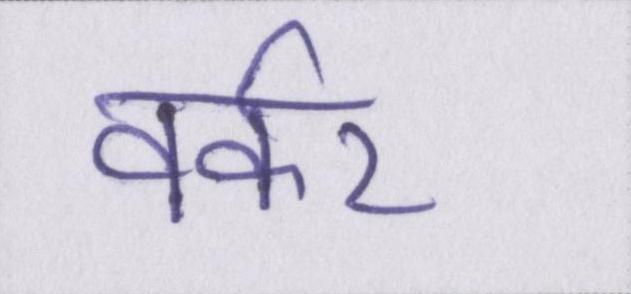
वर्कर